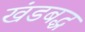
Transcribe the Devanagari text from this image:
खंडबद्ध